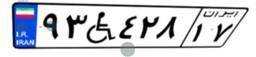
۷۵W۹۲۶۵۸